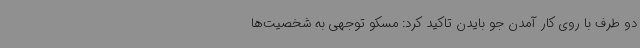
دو طرف با روی کار آمدن جو بایدن تاکید کرد: مسکو توجهی به شخصیت‌ها